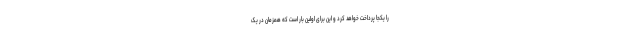
را یکجا پرداخت خواهد کرد و این برای اولین بار است که همزمان در یک